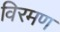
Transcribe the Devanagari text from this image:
विरमण